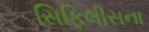
સિફિલીસના